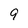
Character: 9